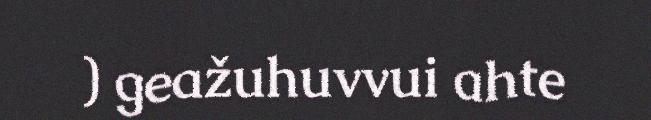
) geažuhuvvui ahte